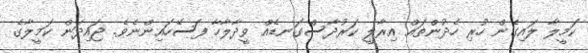
ކަމީލާ ލައިގެން ހުރި ހެދުންތައް އިރާލީ ކަރުދާސްގަނޑެއް ވީދާލާހާ ފަސޭހައިންނެވެ. ޖައިދަން ކަމީލާގެ